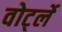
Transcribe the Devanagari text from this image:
वोर्ट्ले